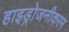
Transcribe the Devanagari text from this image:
हाइड्रोजनीकरन